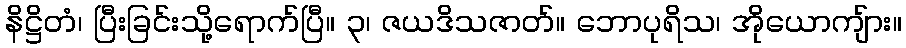
နိဋ္ဌိတံ၊ ပြီးခြင်းသို့ရောက်ပြီ။ ၃၊ ဇယဒိသဇာတ်။ ဘောပုရိသ၊ အိုယောကျ်ား။